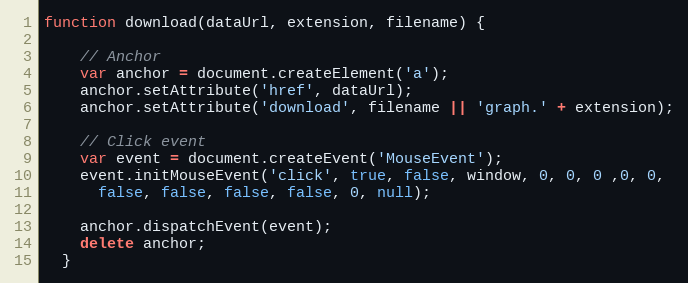
Language: JavaScript
function download(dataUrl, extension, filename) {

    // Anchor
    var anchor = document.createElement('a');
    anchor.setAttribute('href', dataUrl);
    anchor.setAttribute('download', filename || 'graph.' + extension);

    // Click event
    var event = document.createEvent('MouseEvent');
    event.initMouseEvent('click', true, false, window, 0, 0, 0 ,0, 0,
      false, false, false, false, 0, null);

    anchor.dispatchEvent(event);
    delete anchor;
  }